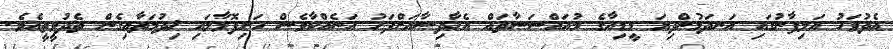
އެދުވަހު އަލިފާނުގައި އަނދަމުންދިޔަ މީޑިއާގެ މުއައްސަސާތައް އެޙާދިސާއަށްފަހު އަނެއްކާވެސް ހަށިފޮޅާލައި ޚިދުމަތާއިގެން ތެދުވީތީއެވެ.